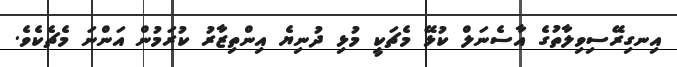
އިނގިރޭސިވިލާތުގެ އާސެނަލް ކުޅޭ މެޗަކީ މުޅި ދުނިޔެ އިންތިޒާރު ކުރަމުން އަންނަ މެޗެކެވެ.